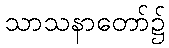
သာသနာတော်၌